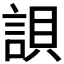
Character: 𧧾